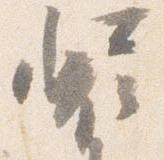
装